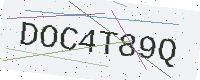
Text: DOC4T89Q